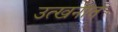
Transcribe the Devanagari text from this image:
उत्खनात